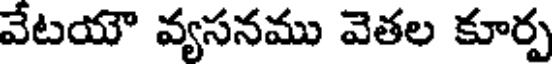
వేటయౌ వ్యసనము వెతల కూర్ప